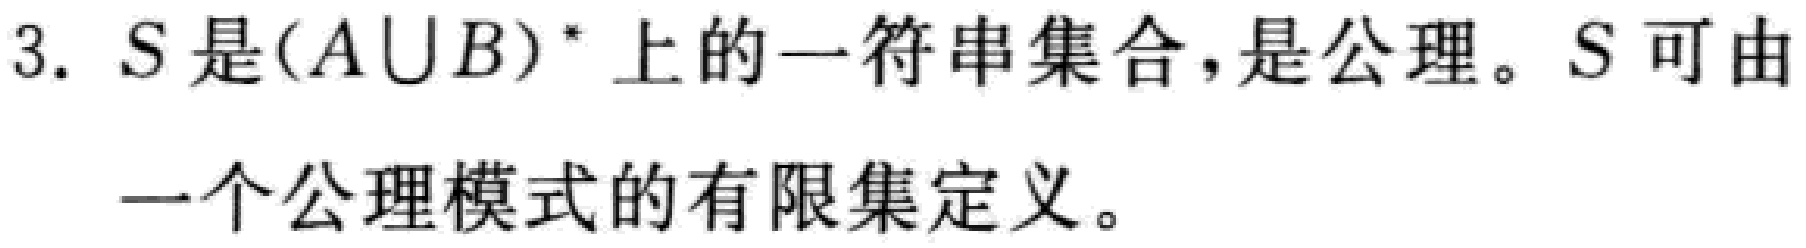
3. \(S\)是\((A\cup B)^*\)上的一符串集合，是公理。\(S\)可由一个公理模式的有限集定义。